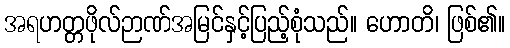
အရဟတ္တဖိုလ်ဉာဏ်အမြင်နှင့်ပြည့်စုံသည်။ ဟောတိ၊ ဖြစ်၏။